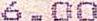
6.00